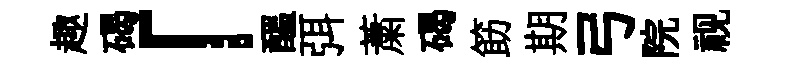
趣碣「醖弭䔥碣筯期弓院视